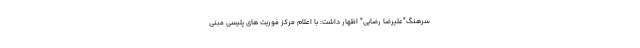
سرهنگ"علیرضا رضایی" اظهار داشت: با اعلام مرکز فوریت های پلیسی مبنی